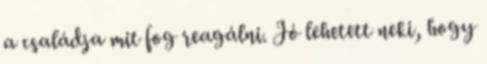
a családja mit fog reagálni. Jó lehetett neki, hogy